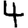
Digit: 4